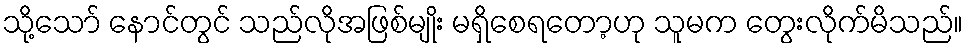
သို့သော် နောင်တွင် သည်လိုအဖြစ်မျိုး မရှိစေရတော့ဟု သူမက တွေးလိုက်မိသည်။